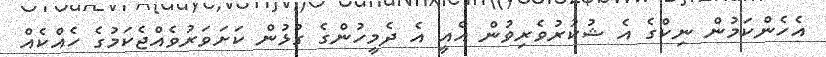
އެހެންކަމުން ނިކްގެ އެ ޝުކުރުވެރިވުން އެއީ އެ ދެމީހުންގެ ގުޅުން ކަށަވަރުވެއްޖެކަމުގެ ހެއްކެއް